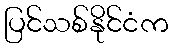
ပြင်သစ်နိုင်ငံက